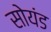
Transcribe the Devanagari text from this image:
सोयंड